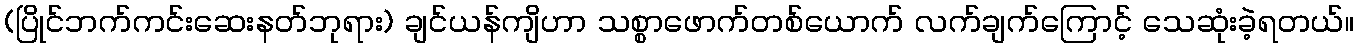
(ပြိုင်ဘက်ကင်းဆေးနတ်ဘုရား) ချင်ယန်ကျိဟာ သစ္စာဖောက်တစ်ယောက် လက်ချက်ကြောင့် သေဆုံးခဲ့ရတယ်။